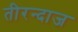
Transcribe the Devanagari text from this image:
तीरन्दाज